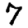
Digit: 7